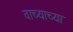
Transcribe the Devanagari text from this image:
वाच्याच्या